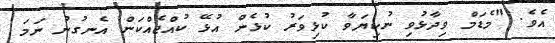
އެވެ. "މެޑަމް ވިދާޅުވި ނުކިޔަވާ ކުޅިވަރު ކުޅެން އުޅޭ ކުއްޖެއްކަން އެނގުނު ނަމަ